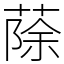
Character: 蒢